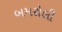
બમરોલી